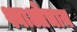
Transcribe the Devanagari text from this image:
श्याओचाय